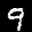
Label: 9